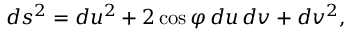
d s ^ { 2 } = d u ^ { 2 } + 2 \cos \varphi \, d u \, d v + d v ^ { 2 } ,